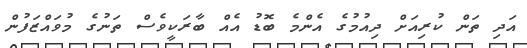
އަދި ތަން ކުރިއަށް ދިއުމުގެ އެންމެ ބޮޑު އެއް ބާރަކީވެސް ތަނުގެ މުވައްޒަފުން